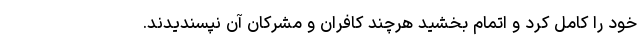
خود را کامل کرد و اتمام بخشید هرچند کافران و مشرکان آن نپسندیدند.